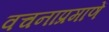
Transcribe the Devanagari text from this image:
वचनाप्रमाणें